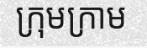
ក្រុមក្រាម